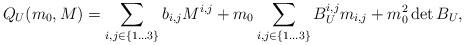
LaTeX: \begin{align*} Q_U(m_0, M)=\sum_{i,j\in\{1\dots3\}} b_{i,j} M^{i,j} + m_0 \sum_{i,j\in\{1\dots3\}} B^{i,j}_U m_{i,j} + m_0^2 \det B_U, \end{align*}